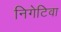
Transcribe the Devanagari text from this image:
निगेटिवा